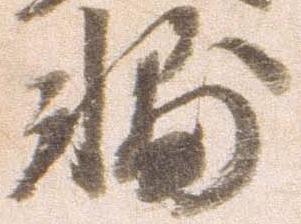
輔